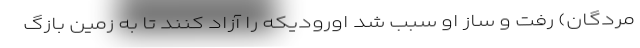
مردگان) رفت و ساز او سبب شد اورودیکه را آزاد کنند تا به زمین بازگ